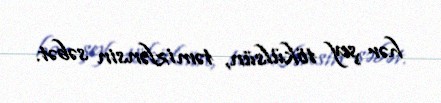
hər şey tökülsün, təmizlənsin səbət.